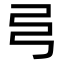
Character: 𢎧